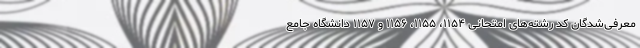
معرفی‌شدگان کد رشته‌های امتحانی ۱۱۵۴، ۱۱۵۵، ۱۱۵۶ و ۱۱۵۷ دانشگاه جامع